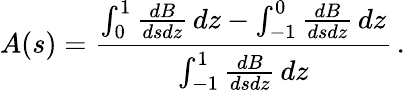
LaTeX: A(s)={\frac{\int_{0}^{1}{\frac{dB}{dsdz}}\, dz-\int_{-1}^{0}{\frac{dB}{dsdz}}\, dz}{\int_{-1}^{1}{\frac{dB}{dsdz}}\, dz}}\, .